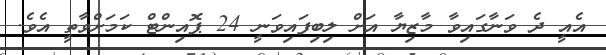
އެއީ ދެ ވަނާގައިވާ މާޒިޔާ އަށް ލިބިފައިވަނީ 24 ޕޮއިންޓް ކަމަށްވާތީ އެވެ.